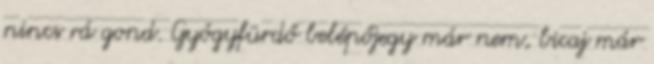
nincs rá gond. Gyógyfürdő belépőjegy már nem, bicaj már